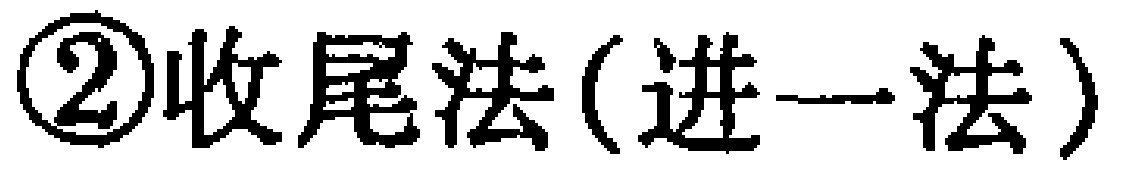
\textcircled{2}收尾法(进一法)